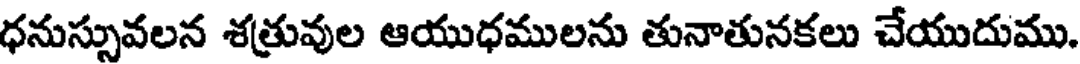
ధనుస్సువలన శత్రువుల ఆయుధములను తునాతునకలు చేయుదుము.